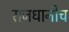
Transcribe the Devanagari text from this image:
राजधानीच